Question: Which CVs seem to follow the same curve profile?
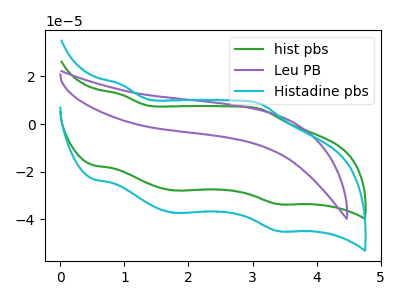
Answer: <think>The green curve "hist pbs" has anodic peaks at (0.95V, 12.45uA) (3.10V, 6.45uA) and cathodic peaks at (1.80V, -27.80uA) (3.40V, -33.55uA). The purple curve "Leu PB" has no peaks. The cyan curve "Histadine pbs" has anodic peaks at (0.95V, 16.65uA) (3.10V, 8.60uA) and cathodic peaks at (1.80V, -37.20uA) (3.40V, -44.85uA).
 "hist pbs" and "Leu PB" have a different number of peaks. All the peaks in "hist pbs" have a peak in "Histadine pbs" at the same potential. Every peak in "hist pbs" is lower than every peak in "Histadine pbs". "Leu PB" and "Histadine pbs" have a different number of peaks.</think>
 <answer>"hist pbs" and "Histadine pbs" have the same shape and are likely CV's of the same chemical.</answer>
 <eval>"hist pbs" "Histadine pbs"</eval>